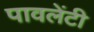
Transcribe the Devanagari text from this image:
पावलेंटी